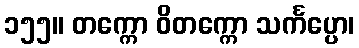
၁၅၅။ တက္ကော ဝိတက္ကော သင်္ကပ္ပော၊